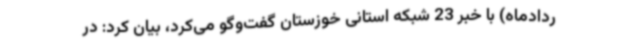
ردادماه) با خبر 23 شبکه استانی خوزستان گفت‌وگو می‌کرد، بیان کرد: در